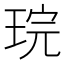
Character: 琓